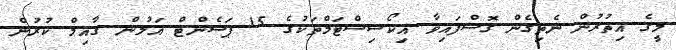
މީގެ އިތުރުން ނެތިގެން ގޮސްފައިވާ އިކޯސިސްޓަމްތަކުގެ 15 ޕަސެންޓް އަލުން ގާއިމް ކުރުން